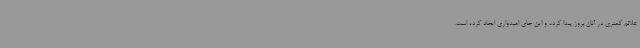
علائم کمتری در آنان بروز پیدا کرده و این جای امیدواری ایجاد کرده است.